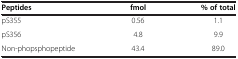
<table><thead><tr><td><b>Peptides</b></td><td><b>fmol</b></td><td><b>% of total</b></td></tr></thead><tbody><tr><td>pS355</td><td>0.56</td><td>1.1</td></tr><tr><td>pS356</td><td>4.8</td><td>9.9</td></tr><tr><td>Non-phopsphopeptide</td><td>43.4</td><td>89.0</td></tr></tbody></table>